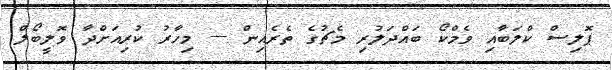
ޕޮލިސް ކްލަބާއި ވެމްކޯ ބައްދަލުުރި މެޗުގެ ތެރެއިން --- މިހާރު ކުރިއަށްދާ ވޮލީބޯލް